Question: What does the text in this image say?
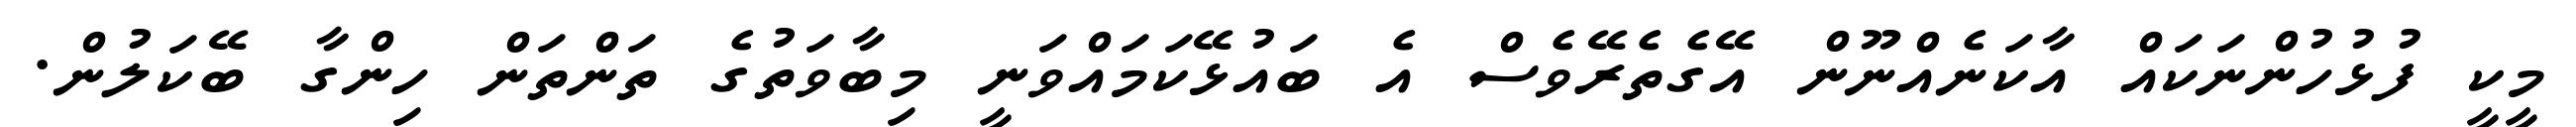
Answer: މީކީ ފުޅުހުންނަކައް އާކަނެއްނޫން އޭގެތެރޭވެސް އެ ބައުޅޭކަމައްވަނީ މިބާވަތުގެ ތަންތަން ހިންގާ ބޭކަލުން.